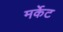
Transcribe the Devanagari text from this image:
मर्केट